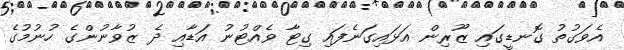
އެވަގުތު ގޮނޑީގައި ޒޫރިން އަޅައިގަނެފައި ގިޓާ ވެއްޓުނު އަޑާއި ދެ ޒުވާނުންގެ ހުނުމުގެ